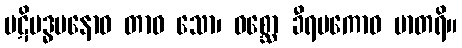
ပဋိဗဒ္ဓမနောဝ တာဝ သော၊ ဝစ္ဆော ခီရပကောဝ မာတရိ။